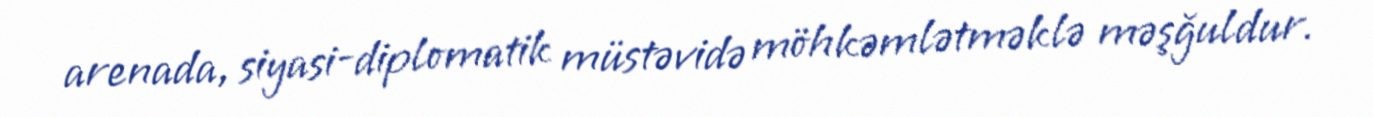
arenada, siyasi-diplomatik müstəvidə möhkəmlətməklə məşğuldur.